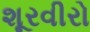
શૂરવીરો